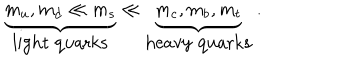
LaTeX: \underbrace { m _ { u } , m _ { d } \ll m _ { s } } _ { \mathrm { l i g h t ~ q u a r k s } } \ll \underbrace { m _ { c } , m _ { b } , m _ { t } } _ { \mathrm { h e a v y ~ q u a r k s } } \; .